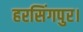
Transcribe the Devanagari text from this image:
हरसिंगपुर।